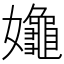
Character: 𡤞